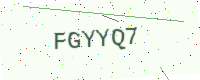
Text: FGYYQ7